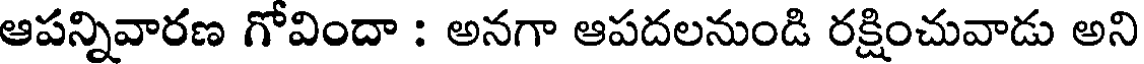
ఆపన్నివారణ గోవిందా : అనగా ఆపదలనుండి రక్షించువాడు అని